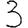
Digit: 3